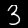
Label: 3